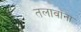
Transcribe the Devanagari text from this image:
तलावांना